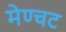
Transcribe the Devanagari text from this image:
मेण्चट